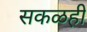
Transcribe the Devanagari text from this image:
सकळही